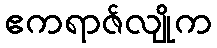
ဧကရာဇ်လျိုက